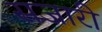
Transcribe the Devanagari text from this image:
सजारी